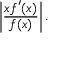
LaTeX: \left| { \frac { x f ^ { \prime } ( x ) } { f ( x ) } } \right| .